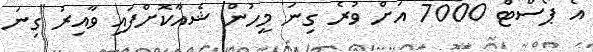
އެ ޕޯސްޓް 7000 އަށް ވުރެ ގިނަ މީހުން ޝެއާކޮށްފައި ވާއިރު ގިނަ